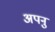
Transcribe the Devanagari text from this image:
अपनु